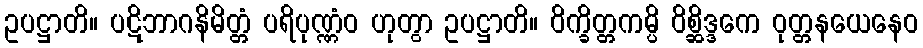
ဥပဋ္ဌာတိ။ ပဋိဘာဂနိမိတ္တံ ပရိပုဏ္ဏံဝ ဟုတွာ ဥပဋ္ဌာတိ။ ဝိက္ခိတ္တကမ္ပိ ဝိစ္ဆိဒ္ဒကေ ဝုတ္တနယေနေဝ